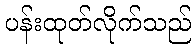
ပန်းထုတ်လိုက်သည်